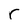
Character: r